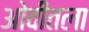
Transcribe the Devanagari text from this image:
ओवीतला